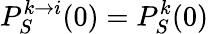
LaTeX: P_{S}^{k\to i}(0)=P_{S}^{k}(0)